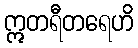
ဣတရီတရေဟိ